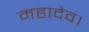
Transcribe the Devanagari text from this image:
महादेव।